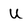
Character: u